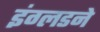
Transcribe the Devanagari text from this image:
इंग्लडने